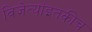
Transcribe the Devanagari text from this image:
विजेत्यांइतकीच